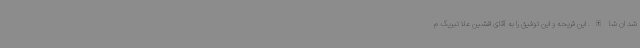
شد ان شا الله. این قریحه و این توفیق را به آقای افشین علا تبریک م